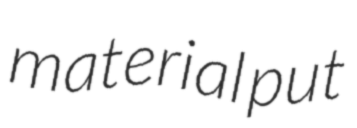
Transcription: material put